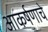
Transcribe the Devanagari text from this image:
आकर्षणाचे